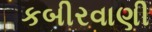
કબીરવાણી